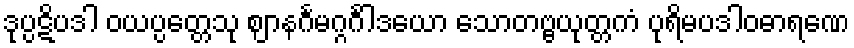
ဒုပ္ပဋိပဒါ ဝယပ္ပတ္တေသု ဈာနင်္ဂမဂ္ဂင်္ဂါဒယော သောတဗ္ဗယုတ္တကံ ပုရိမပဒါဝဓာရဏေ